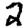
Digit: 2